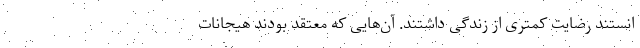
انستند رضایت کمتری از زندگی داشتند. آن‌هایی که معتقد بودند هیجانات